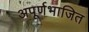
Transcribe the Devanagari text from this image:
अपूर्णभाजित